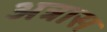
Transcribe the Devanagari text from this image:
अत्रास